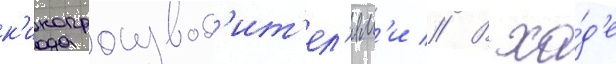
к'инопроизвод'ит'ел'ям'и // В хо́д'е